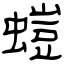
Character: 螘